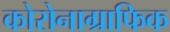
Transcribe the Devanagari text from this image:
कोरोनाग्राफिक